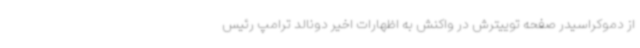
از دموکراسیدر صفحه توییترش در واکنش به اظهارات اخیر دونالد ترامپ رئیس